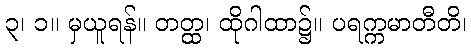
၃၊ ၁။ မှယူရန်။ တတ္ထ၊ ထိုဂါထာ၌။ ပရက္ကမာတီတိ၊